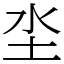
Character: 坔